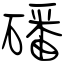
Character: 磻